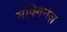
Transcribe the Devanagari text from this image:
मेक्गिनेज़